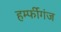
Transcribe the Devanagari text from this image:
हर्म्फीगंज